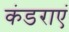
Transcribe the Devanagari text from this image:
कंडराएं